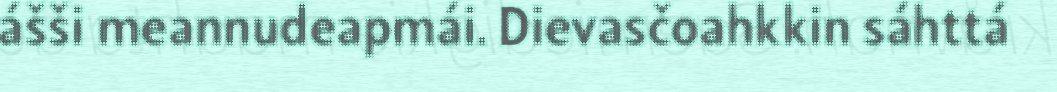
ášši meannudeapmái. Dievasčoahkkin sáhttá